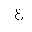
Letter: _ayn